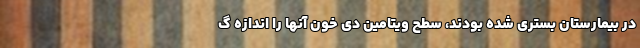
در بیمارستان بستری شده بودند، سطح ویتامین دی خون آنها را اندازه گ